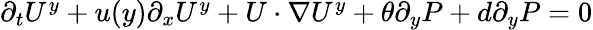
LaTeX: \begin{array}{r}{\partial_{t}U^{y}+u(y)\partial_{x}U^{y}+U\cdot\nabla U^{y}+\theta\partial_{y}P+d\partial_{y}P=0}\end{array}